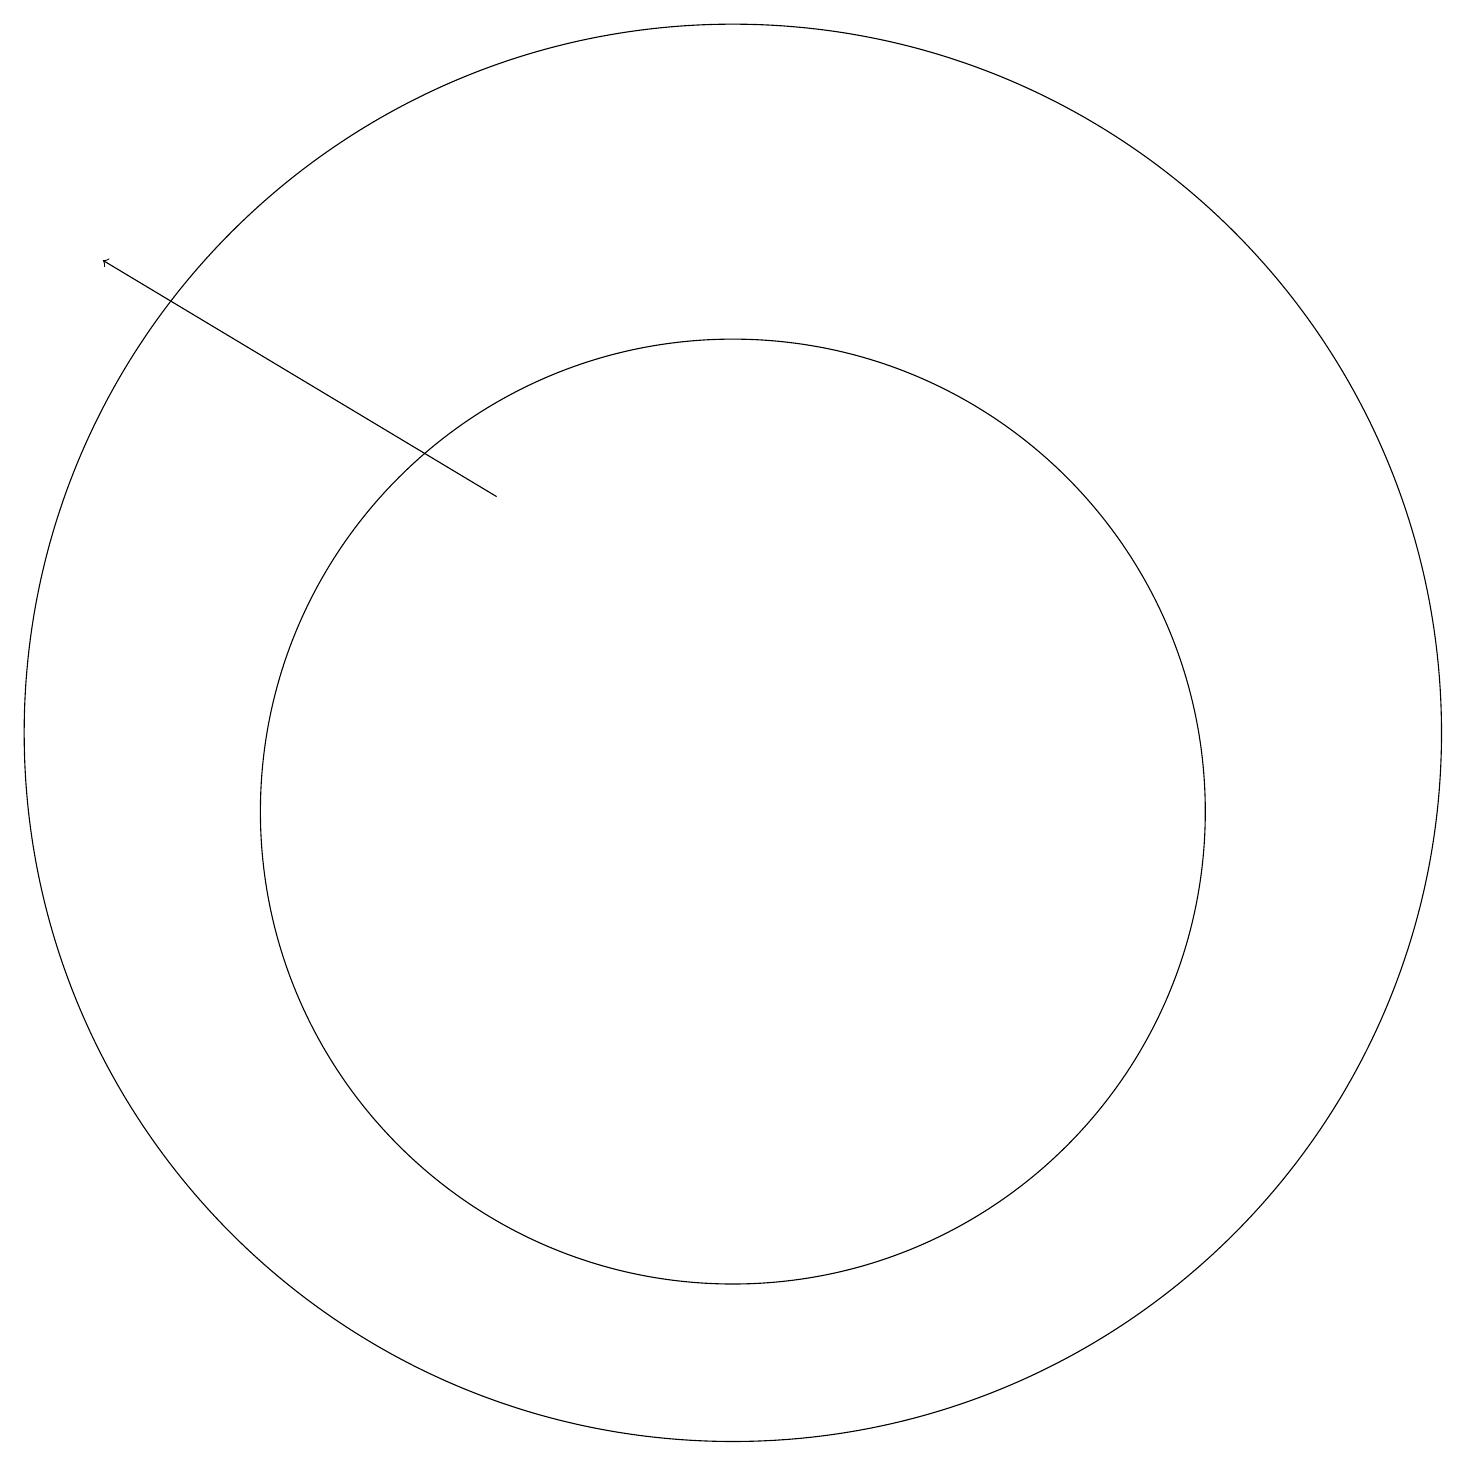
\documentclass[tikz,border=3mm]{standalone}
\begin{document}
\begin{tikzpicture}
\draw (10,11) circle (9);
\draw[->] (7,14) -- (2,17);
\draw (10,10) circle (6);
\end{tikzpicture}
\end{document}